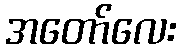
အတော်လေး